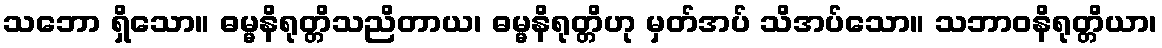
သဘော ရှိသော။ ဓမ္မနိရုတ္တိသညိတာယ၊ ဓမ္မနိရုတ္တိဟု မှတ်အပ် သိအပ်သော။ သဘာဝနိရုတ္တိယာ၊